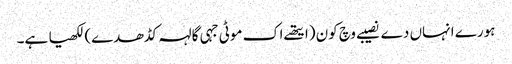
ہورے انہاں دے نصیبے وچ کون (ایتھے اک موٹی جہی گالہہ کڈھدے) لکھیا ہے۔